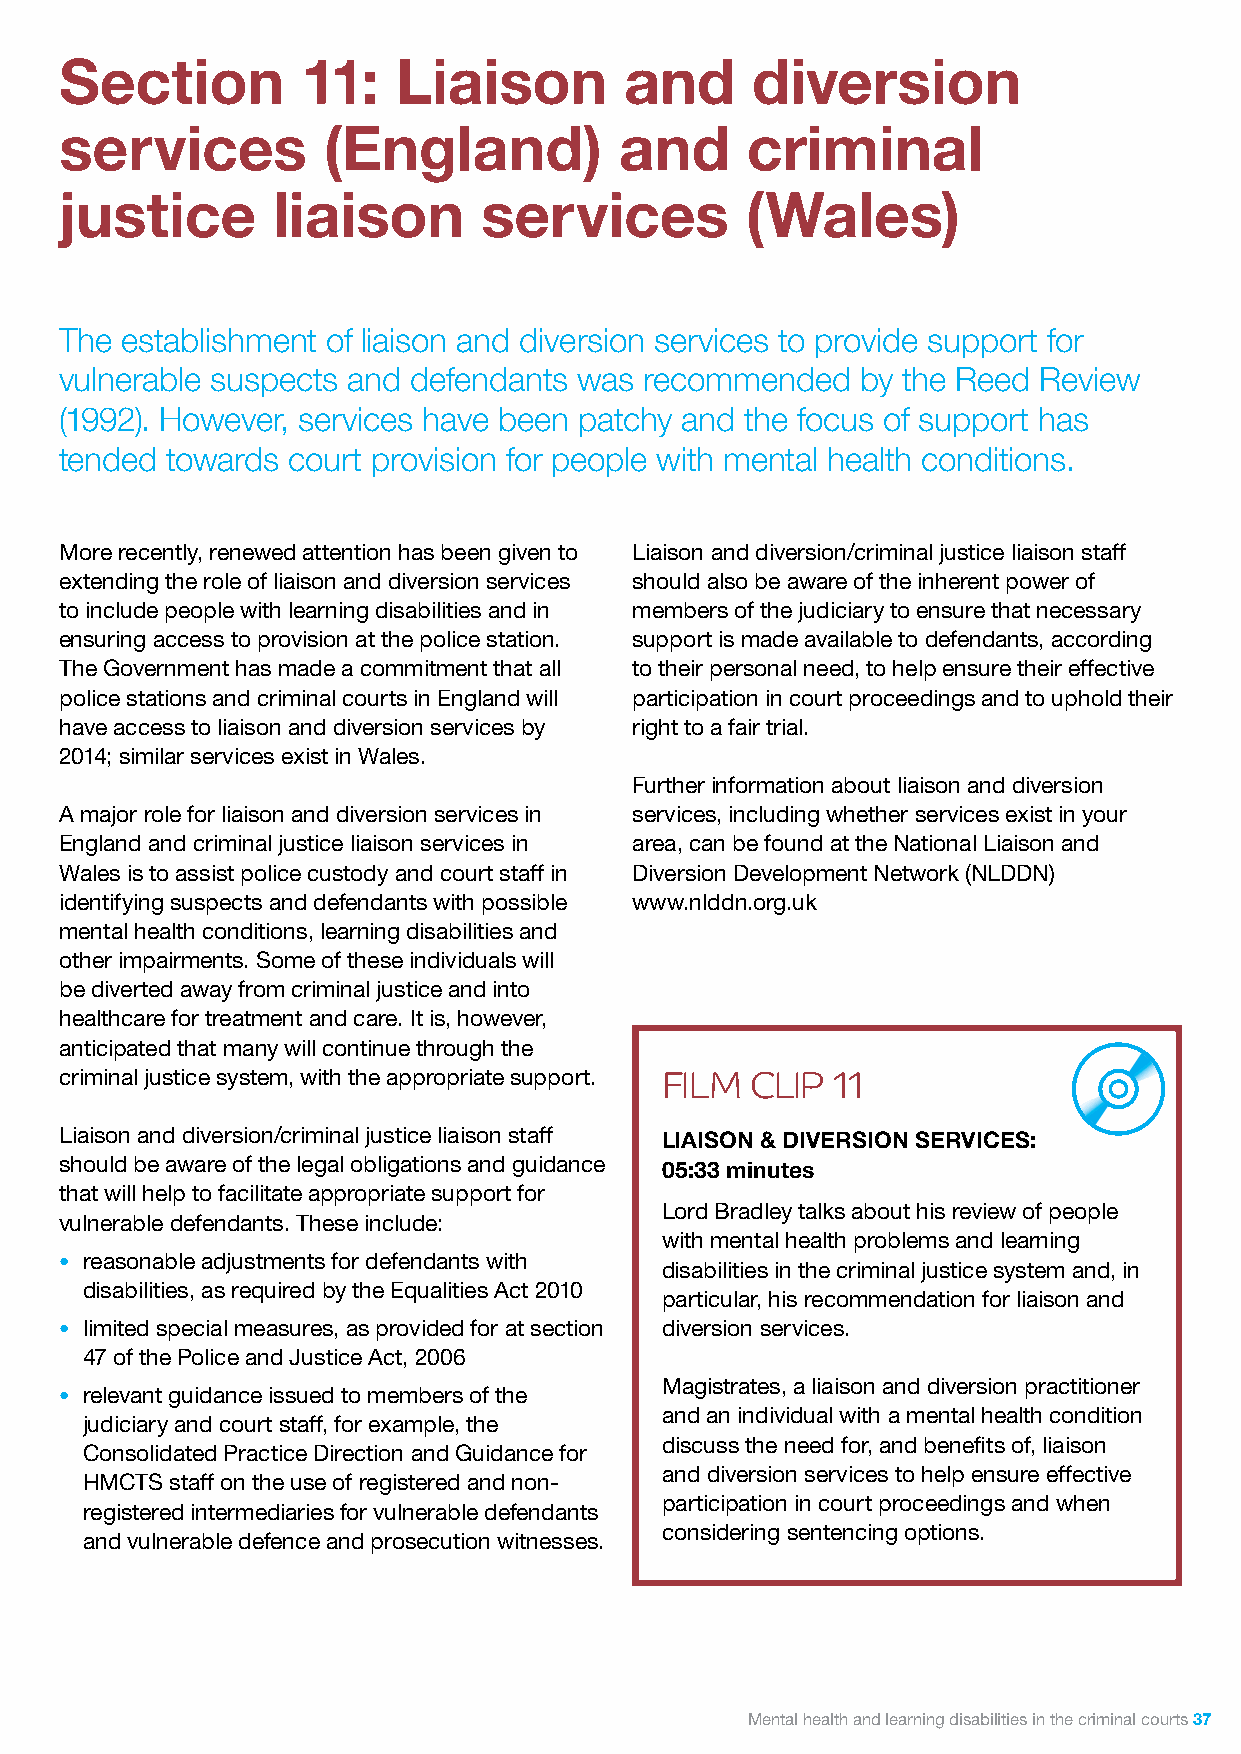
Section         11:   Liaison        and      diversion
 services         (England)           and     criminal
 justice       liaison       services         (Wales)
 The establishment of liaison and diversion services to provide support for
 vulnerable suspects and defendants was recommended   by the Reed Review
 (1992). However, services have been patchy and the focus of support has
 tended towards court provision for people with mental health conditions.
 More recently, renewed attention has been given to Liaison and diversion/criminal justice liaison staff
 extending the role of liaison and diversion services should also be aware of the inherent power of
 to include people with learning disabilities and in members of the judiciary to ensure that necessary
 ensuring access to provision at the police station. support is made available to defendants, according
 The Government has made a commitment that all to their personal need, to help ensure their effective
 police stations and criminal courts in England will participation in court proceedings and to uphold their
 have access to liaison and diversion services by right to a fair trial.
 2014; similar services exist in Wales.
 Further information about liaison and diversion
 A major role for liaison and diversion services in services, including whether services exist in your
 England and criminal justice liaison services in area, can be found at the National Liaison and
 Wales is to assist police custody and court staff in Diversion Development Network (NLDDN)
 identifying suspects and defendants with possible www.nlddn.org.uk
 mental health conditions, learning disabilities and
 other impairments. Some of these individuals will
 be diverted away from criminal justice and into
 healthcare for treatment and care. It is, however,
 anticipated that many will continue through the
 criminal justice system, with the appropriate support. FILM CLIP 11
 Liaison and diversion/criminal justice liaison staff LIAISON & DIVERSION SERVICES:
 should be aware of the legal obligations and guidance 05:33 minutes
 that will help to facilitate appropriate support for
 Lord Bradley talks about his review of people
 vulnerable defendants. These include:
 with mental health problems and learning
 • reasonable adjustments for defendants with
 disabilities in the criminal justice system and, in
 disabilities, as required by the Equalities Act 2010
 particular, his recommendation for liaison and
 • limited special measures, as provided for at section diversion services.
 47 of the Police and Justice Act, 2006
 Magistrates, a liaison and diversion practitioner
 • relevant guidance issued to members of the
 and an individual with a mental health condition
 judiciary and court staff, for example, the
 discuss the need for, and benefits of, liaison
 Consolidated Practice Direction and Guidance for
 and diversion services to help ensure effective
 HMCTS staff on the use of registered and non-
 participation in court proceedings and when
 registered intermediaries for vulnerable defendants
 considering sentencing options.
 and vulnerable defence and prosecution witnesses.
 Mental health and learning disabilities in the criminal courts 37